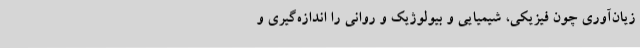
زیان‌آوری چون فیزیکی، شیمیایی و بیولوژیک و روانی را اندازه‌گیری و